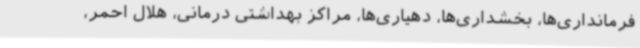
فرمانداری‌ها، بخشداری‌ها، دهیاری‌ها، مراکز بهداشتی درمانی، هلال احمر،